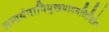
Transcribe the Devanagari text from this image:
अभ्यर्थनापिमुखभावमशिक्षितेन